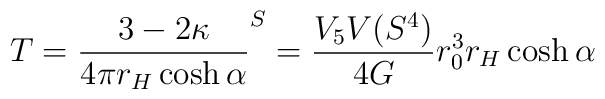
T = \frac{3-2\kappa }{4 \pi r_H \cosh \alpha } \sp S= \frac{V_5 V(S^{4}) }{4G} r_0^{3} r_H \cosh \alpha